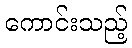
ကောင်းသည့်